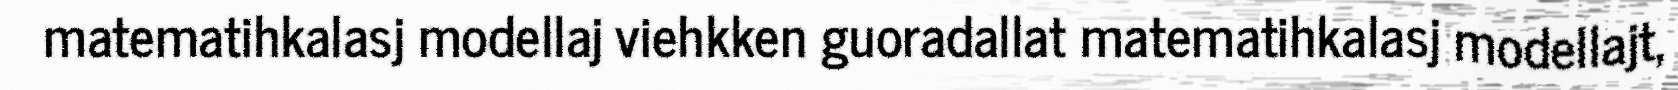
matematihkalasj modellaj viehkken guoradallat matematihkalasj modellajt,